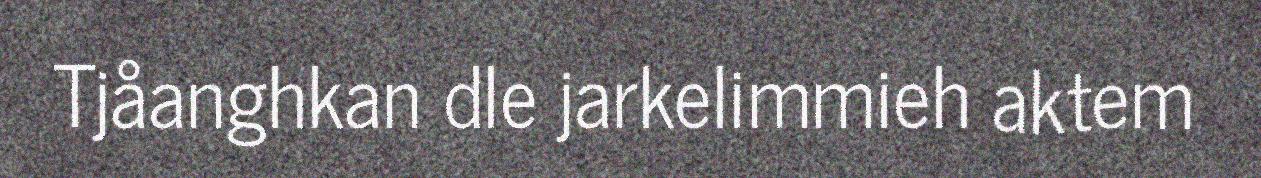
Tjåanghkan dle jarkelimmieh aktem